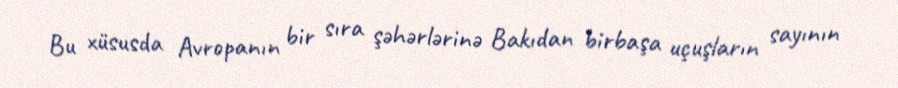
Bu xüsusda Avropanın bir sıra şəhərlərinə Bakıdan birbaşa uçuşların sayının